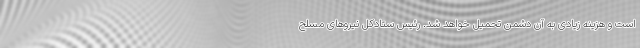
است و هزینه زیادی به آن دشمن تحمیل خواهد شد. رئیس ستادکل نیروهای مسلح